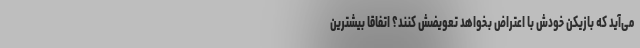
می‌آید که بازیکن خودش با اعتراض بخواهد تعویضش کنند؟ اتفاقاً بیشترین